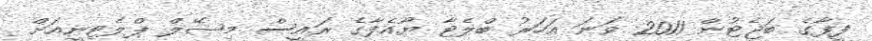
ފީފާގެ ބަޖެޓުން 2011 ވަނަ އަހަރު ބްލެޓާ ޔޫއެފާގެ ރައީސް މިޝޭލް ޕްލެޓިނީއަށް